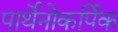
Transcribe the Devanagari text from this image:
पार्थेनोकर्पिक